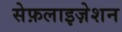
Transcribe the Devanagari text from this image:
सेफ़लाइज़ेशन